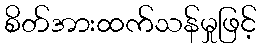
စိတ်အားထက်သန်မှုဖြင့်